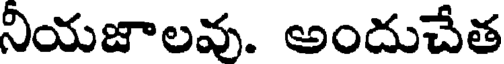
నియజాలవు. అందుచేత